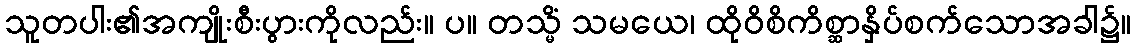
သူတပါး၏အကျိုးစီးပွားကိုလည်း။ ပ။ တသ္မိံ သမယေ၊ ထိုဝိစိကိစ္ဆာနှိပ်စက်သောအခါ၌။